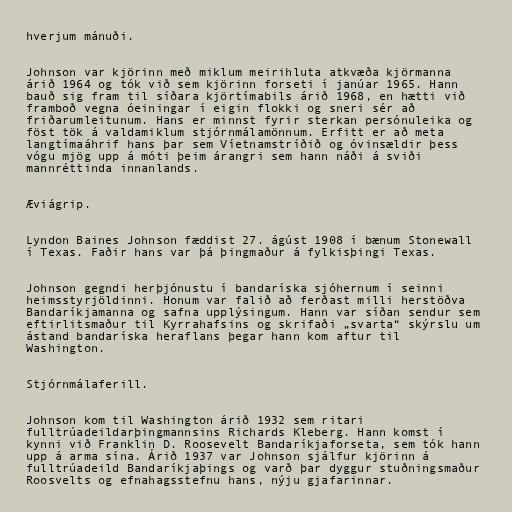
hverjum mánuði.

Johnson var kjörinn með miklum meirihluta atkvæða kjörmanna
árið 1964 og tók við sem kjörinn forseti í janúar 1965. Hann
bauð sig fram til síðara kjörtímabils árið 1968, en hætti við
framboð vegna óeiningar í eigin flokki og sneri sér að
friðarumleitunum. Hans er minnst fyrir sterkan persónuleika og
föst tök á valdamiklum stjórnmálamönnum. Erfitt er að meta
langtímaáhrif hans þar sem Víetnamstríðið og óvinsældir þess
vógu mjög upp á móti þeim árangri sem hann náði á sviði
mannréttinda innanlands.

Æviágrip.

Lyndon Baines Johnson fæddist 27. ágúst 1908 í bænum Stonewall
í Texas. Faðir hans var þá þingmaður á fylkisþingi Texas.

Johnson gegndi herþjónustu í bandaríska sjóhernum í seinni
heimsstyrjöldinni. Honum var falið að ferðast milli herstöðva
Bandaríkjamanna og safna upplýsingum. Hann var síðan sendur sem
eftirlitsmaður til Kyrrahafsins og skrifaði „svarta“ skýrslu um
ástand bandaríska heraflans þegar hann kom aftur til
Washington.

Stjórnmálaferill.

Johnson kom til Washington árið 1932 sem ritari
fulltrúadeildarþingmannsins Richards Kleberg. Hann komst í
kynni við Franklin D. Roosevelt Bandaríkjaforseta, sem tók hann
upp á arma sína. Árið 1937 var Johnson sjálfur kjörinn á
fulltrúadeild Bandaríkjaþings og varð þar dyggur stuðningsmaður
Roosvelts og efnahagsstefnu hans, nýju gjafarinnar.